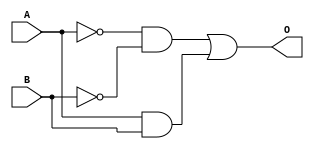
module bit1ComparatorV2
(
    input wire A,
    input wire B,
    output reg O
);

reg p0, p1;

// always @(A, B) 
// begin
//     O = (A==B) ? 1'b1 : 1'b0;
// end

always @(A, B) 
begin
    p0 = ~A & ~B;
    p1 = A & B;
    O = p0 | p1;
end

// always @(*) 
// begin
//    if (A==B)
//    begin
//         O = 1'b1;
//    end
//     else
//     begin
//         O = 1'b0;
//     end
// end

// always @(*) 
// begin
//     case({A,B})
//         2'b00: O = 1'b1;
//         2'b01: O = 1'b0;
//         2'b10: O = 1'b0;
//         2'b11: O = 1'b1;
//         default: O = 1'b0;
//     endcase
// end

endmodule